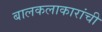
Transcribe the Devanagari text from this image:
बालकलाकारांची